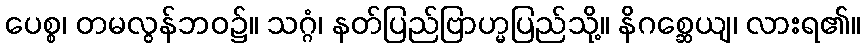
ပေစ္စ၊ တမလွန်ဘဝ၌။ သဂ္ဂံ၊ နတ်ပြည်ဗြာဟ္မပြည်သို့။ နိဂစ္ဆေယျ၊ လားရ၏။